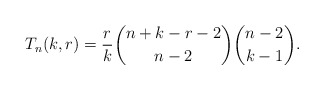
\begin{gather*}T_{n}(k,r)={r \over k} {n+k-r-2 \choose n-2} {n-2 \choose k-1}.\end{gather*}